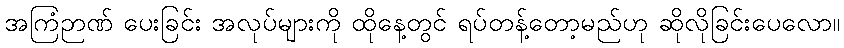
အကြံဉာဏ် ပေးခြင်း အလုပ်များကို ထိုနေ့တွင် ရပ်တန့်တော့မည်ဟု ဆိုလိုခြင်းပေလော။